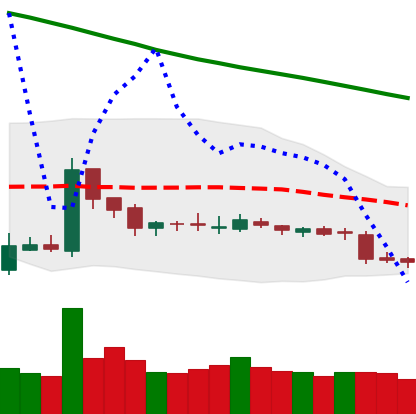
Ticker: BNB-USD
Chart end date: 2018-10-31
Forward return: 3.284%
Label: up_3_5